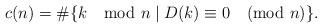
LaTeX: \begin{align*}c(n)=\#\lbrace k \mod n \mid D(k) \equiv 0 \pmod n \rbrace.\end{align*}